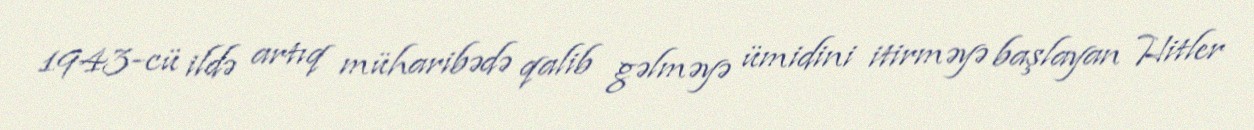
1943-cü ildə artıq müharibədə qalib gəlməyə ümidini itirməyə başlayan Hitler